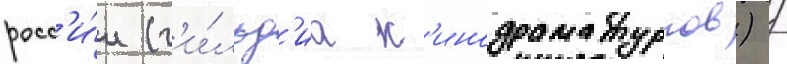
росс'и́и (г'и́льд'иа к'инодраматургов) /